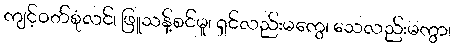
ကျင့်ဝတ်စုံလင်၊ ဖြူသန့်စင်မူ၊ ရှင်လည်းမကွေ၊ သေလည်းမကွာ၊